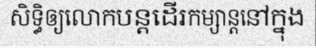
សិទ្ធិឲ្យលោកបន្តដើរកម្សាន្តនៅក្នុង